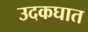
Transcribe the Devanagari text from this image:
उदकघात